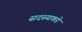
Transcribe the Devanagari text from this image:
सदस्याकडे